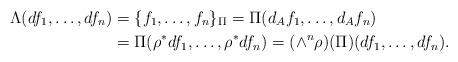
LaTeX: \begin{align*}\Lambda (df_1, \ldots, df_{n}) & = \{f_1, \ldots, f_n\}_{\Pi} = \Pi (d_A f_1, \ldots, d_A f_n)\\& = \Pi (\rho^*df_1, \ldots, \rho^*df_n)= (\wedge^n\rho)(\Pi)(df_1, \ldots ,df_n).\end{align*}